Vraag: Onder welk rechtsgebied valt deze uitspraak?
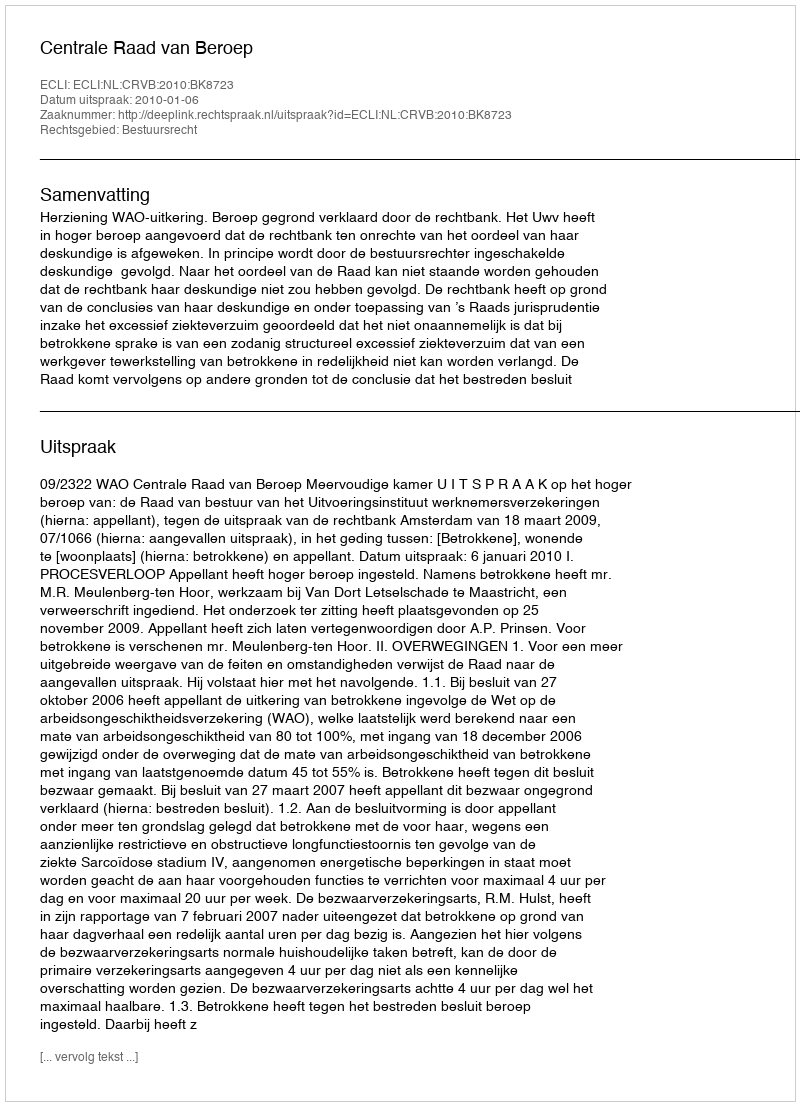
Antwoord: Bestuursrecht